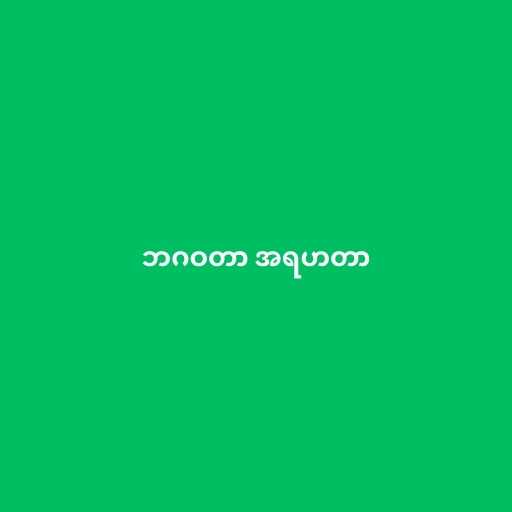
ဘဂဝတာ အရဟတာ